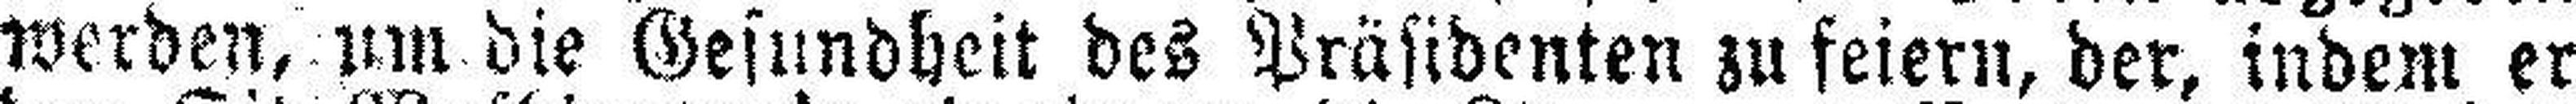
werden, um die Gesundheit des Präsidenten zu feiern, der, indem er